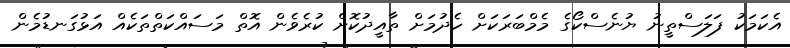
އެކަމަކު ފަލަސްތީނު ޔުނެސްކޯގެ މެމްބަރަކަށް ހެދުމަށް ތާއީދުކޮށް ކުރެވެން އޮތް މަސައްކަތްތަކެއް އަޅުގަނޑުމެން